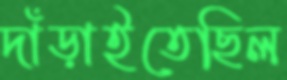
দাঁড়াইতেছিল